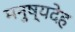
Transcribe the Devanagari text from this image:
मनुष्यदेह